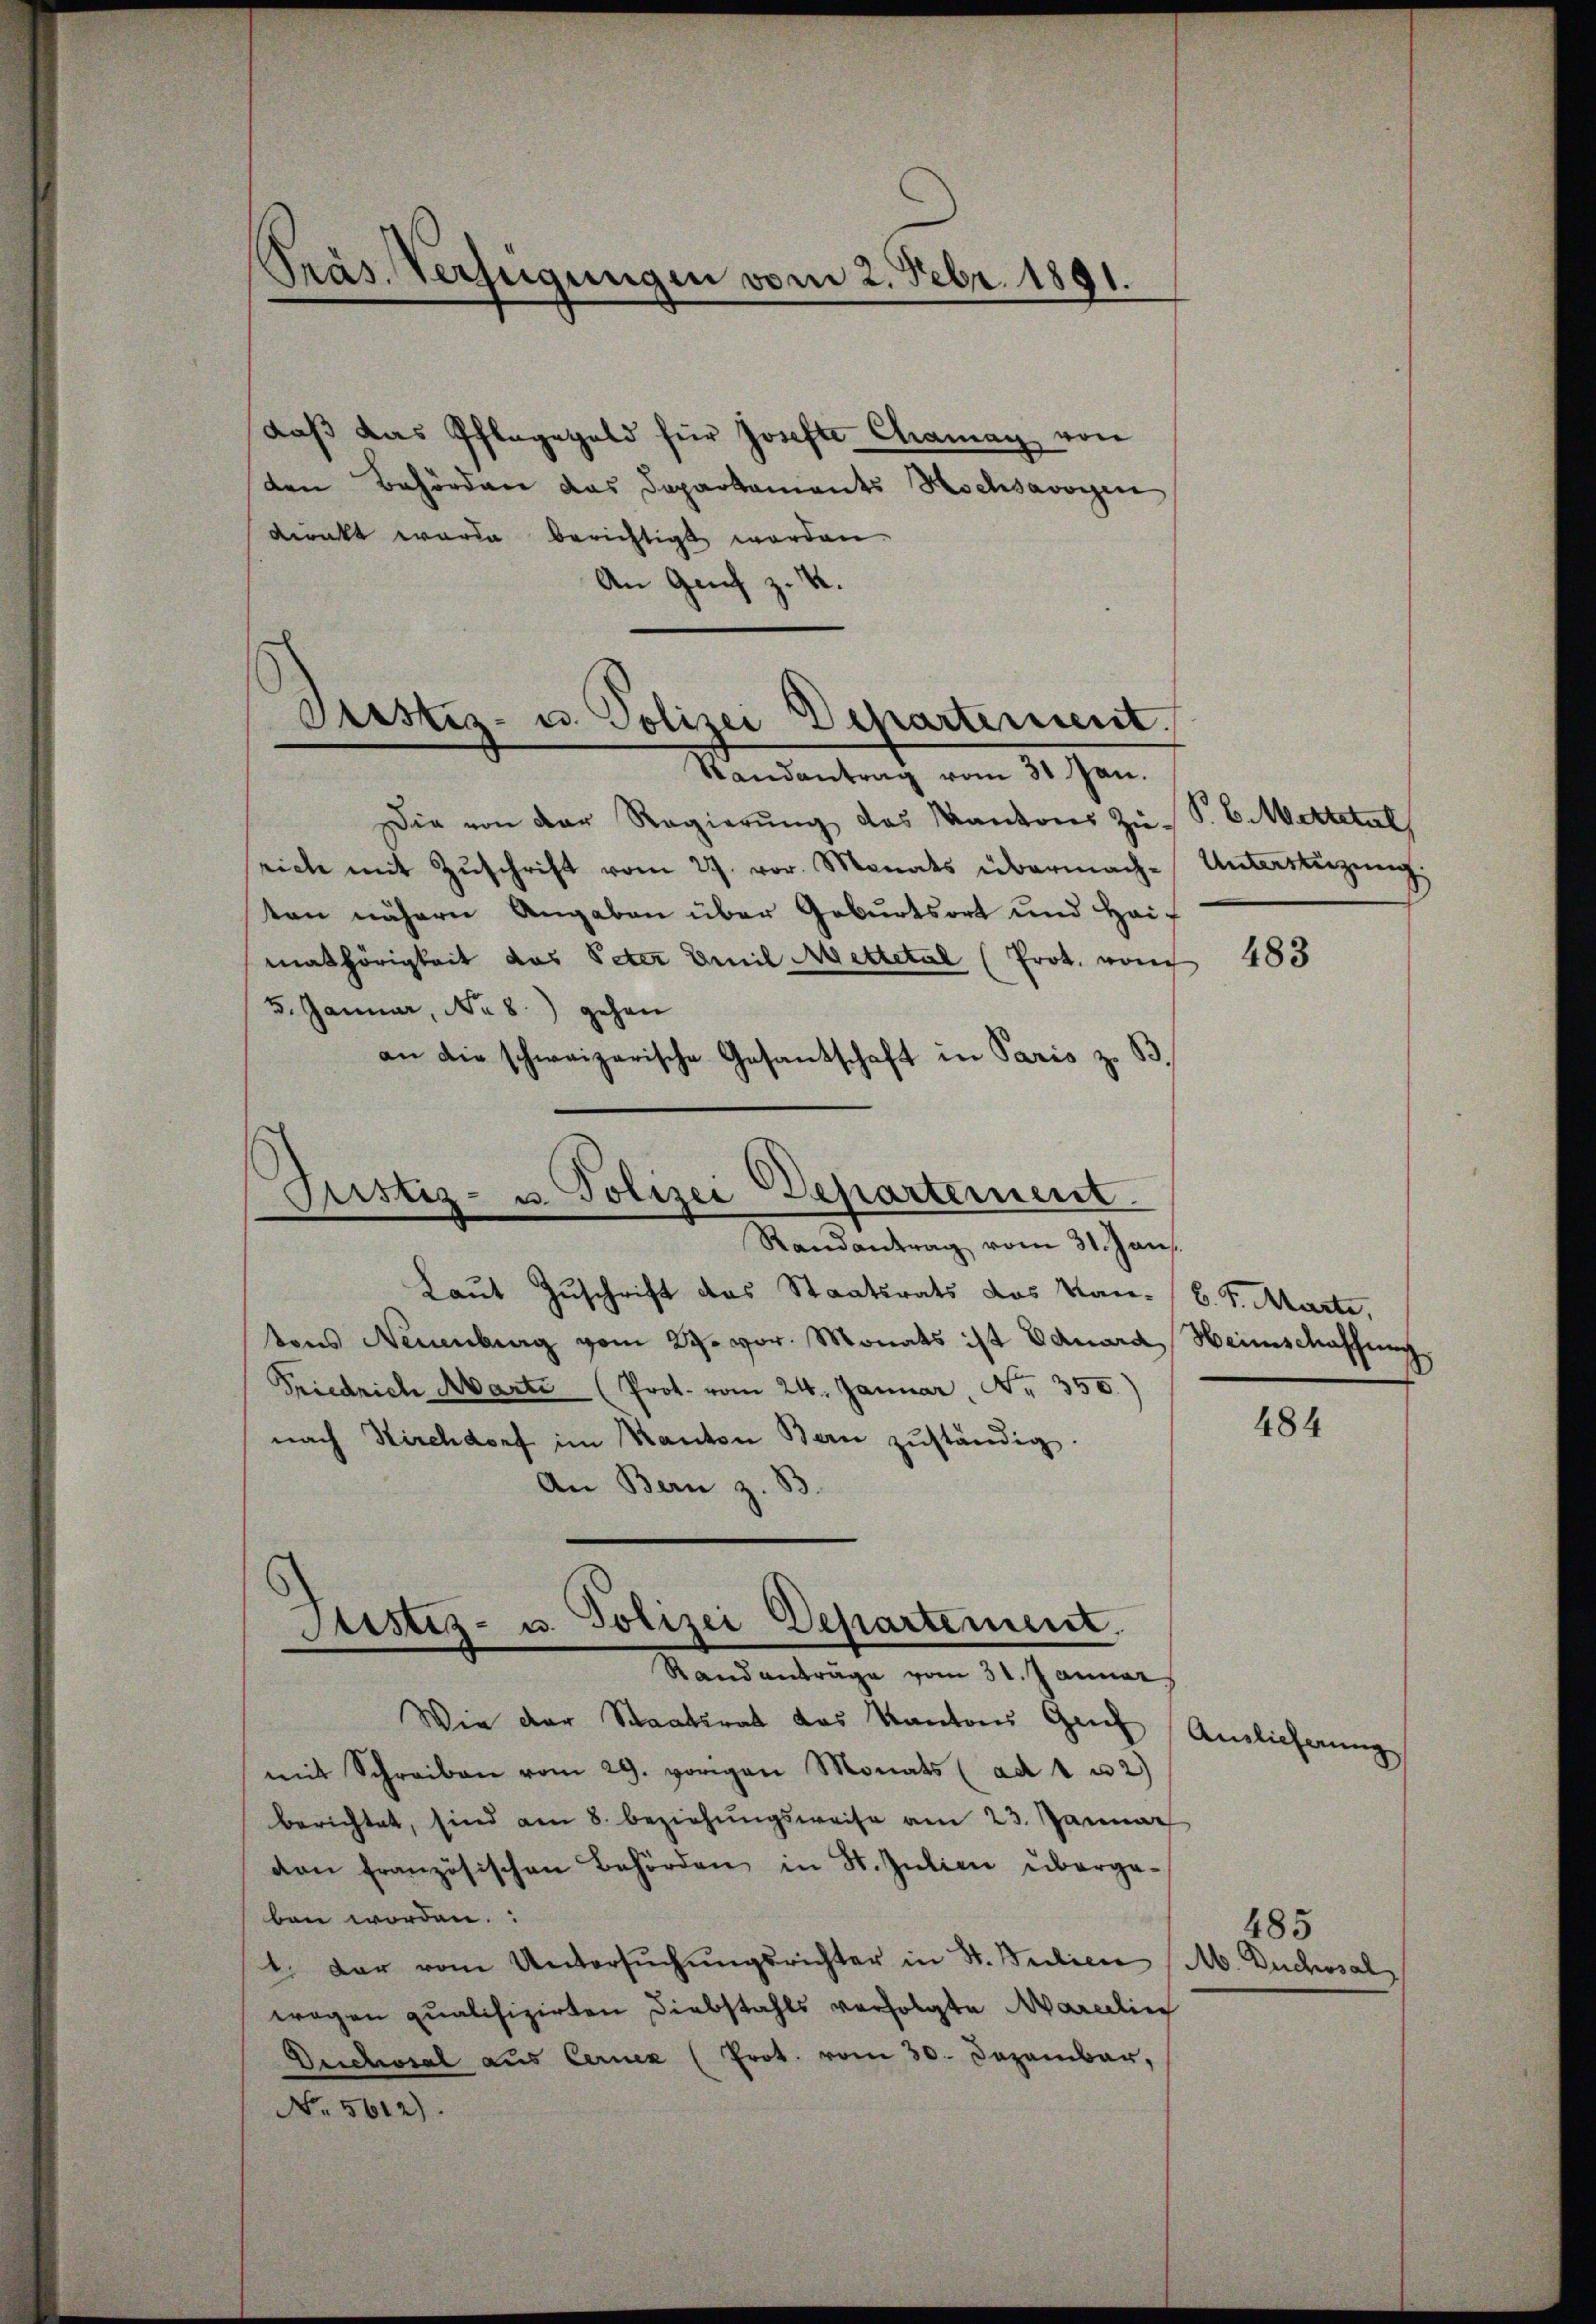
Präs. Verfügungen vom 2. Febr. 1891.

daß das Pfleggeld für Josefte Chamay von
den Behörden das Departaments Hochsavoyen
direkt werde berichtigt werden.
An Genf z. B.
Randantrag vom 31 Jan.
Die von der Regierŭng des Kantons Zŭ- P. C. Mittelal
rich mit Zuschrift vom 27. vor. Monats übermach-
ten nähern Angaben über Geburtsort und Heimathörigkeit das Peter Emil Mettetal (Prot. vom
5. Januar, No 8.) gehen
an die schweizerische Gesantschaft in Paris z. B.

Justiz- u. Polizei Departement.

x
Justiz- u. Polizei Departement
Randantrag vom 31. Jan.

Laut Zuschrift des Staatsrats das Kan- b. S. Marte,
tons Neuenburg vom 29. vor. Monats ist Eduard Heimschaffung
Friedrich Marti (Prot. vom 24. Januar, Nr. 350.
nach Kirchdorf im Kanton Bern zŭständig.
An Bern z. B.
Wie der Staatsrat des Kantons Geich Anlieferung
mit Schreiben vom 29. vorigen Monats (ad 1 u 2)
berichtet, sind am 8. beziehŭngsweise am 23. Januar
von französischen Behörden in St. Julien übergaben worden.
1. dar vom Untersŭchŭngsrichter in St. Beilice A. Buchssal
wegen qualifizirten Diebstahls verfolgte Maredlin
Duchoral aus Cernen (Prot. vom 30. Dezember,
No 5612).

Justiz- u. Polizei Departement.
Randanträge vom 31. Januar

Unterstüzung.

483

484

485